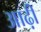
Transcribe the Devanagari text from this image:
आढ़ी